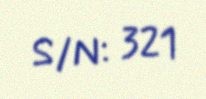
S/N: 321